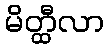
မိတ္ထီလာ